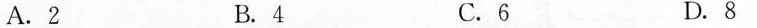
A.2 B.4 C.6 D.8